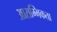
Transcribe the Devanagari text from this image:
आराम्भिकता